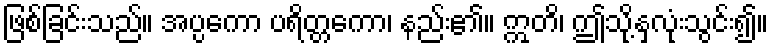
ဖြစ်ခြင်းသည်။ အပ္ပကော ပရိတ္တကော၊ နည်း၏။ ဣတိ၊ ဤသို့နှလုံးသွင်း၍။